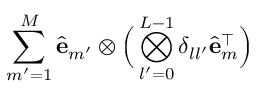
\sum _ { m ^ { \prime } = 1 } ^ { M } \hat { \mathbf { e } } _ { m ^ { \prime } } \otimes \Big ( \bigotimes _ { l ^ { \prime } = 0 } ^ { L - 1 } \delta _ { l l ^ { \prime } } \hat { \mathbf { e } } _ { m } ^ { \top } \Big )